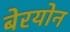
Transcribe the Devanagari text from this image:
बेरयोन